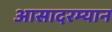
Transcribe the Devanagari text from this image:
आसादरम्यान